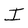
Character: I